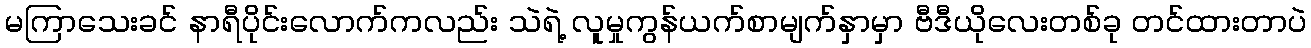
မကြာသေးခင် နာရီပိုင်းလောက်ကလည်း သဲရဲ့ လူမှုကွန်ယက်စာမျက်နှာမှာ ဗီဒီယိုလေးတစ်ခု တင်ထားတာပဲ